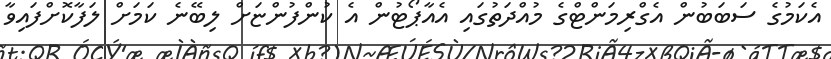
އެކަމުގެ ސަބަބުން އެގްރިމަންޓްގެ މުއްދަތުގައި އެއާޕޯޓުން އެ ކުންފުންޏަށް ލިބޭނެ ކަމަށް ލަފާކޮށްފައިވާ